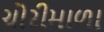
ચોરીમાળા